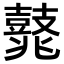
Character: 𪔛